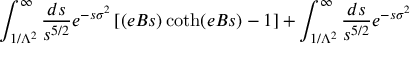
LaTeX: \int _ { 1 / \Lambda ^ { 2 } } ^ { \infty } { \frac { d s } { s ^ { 5 / 2 } } } e ^ { - s \sigma ^ { 2 } } \left[ ( e B s ) \coth ( e B s ) - 1 \right] + \int _ { 1 / \Lambda ^ { 2 } } ^ { \infty } { \frac { d s } { s ^ { 5 / 2 } } } e ^ { - s \sigma ^ { 2 } }